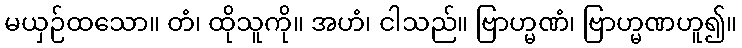
မယှဉ်ထသော။ တံ၊ ထိုသူကို။ အဟံ၊ ငါသည်။ ဗြာဟ္မဏံ၊ ဗြာဟ္မဏဟူ၍။